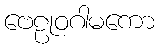
ဗေဠုဝဂါမကော